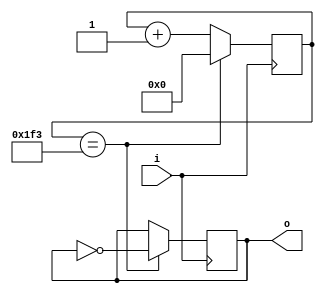
`timescale 1ns / 1ps
`default_nettype wire
//////////////////////////////////////////////////////////////////////////////////
// Company: 
// 
// Module Name:    clk_div 
// Project Name:   VerilogBoy
// Description: 
//
// Dependencies: 
//
// Additional Comments: 
//
//////////////////////////////////////////////////////////////////////////////////
module clk_div(
    input i,
    output reg o = 0
    );

    parameter WIDTH = 15, DIV = 1000;
    
    reg [WIDTH - 1:0] counter = 0;
    
    always @(posedge i)
    begin
        if (counter == (DIV / 2 - 1)) begin
            o <= ~o;
            counter <= 0;
        end
        else
            counter <= counter + 1'b1;
    end
endmodule